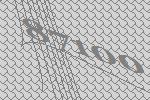
87100